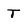
Character: T